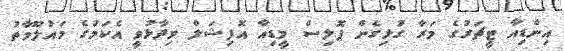
އިންޑިއާ ޓީޗަރުގެ މަރާ ގުޅިގެން ޕޮލިސް މީޑިއާ އޮފިޝަލް ވިދާޅުވީ އެކަމުގެ މައުލޫމާތު